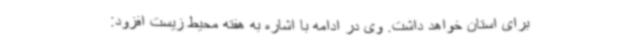
برای استان خواهد داشت. وی در ادامه با اشاره به هفته محیط زیست افزود: